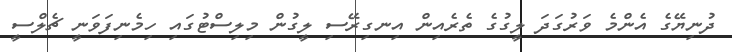
ދުނިޔޭގެ އެންމެ ވަރުގަދަ ލީގުގެ ތެރެއިން އިނގިރޭސި ލީގުން މިލިސްޓުގައި ހިމެނިފަވަނީ ޗެލްސީ